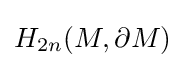
H_{2n}(M,\partial M)